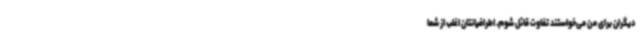
دیگران برای من می‌خواستند تفاوت قائل شوم. اطرافیانتان اغلب از شما